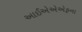
આઈએએએફના